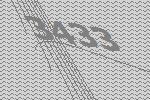
3433